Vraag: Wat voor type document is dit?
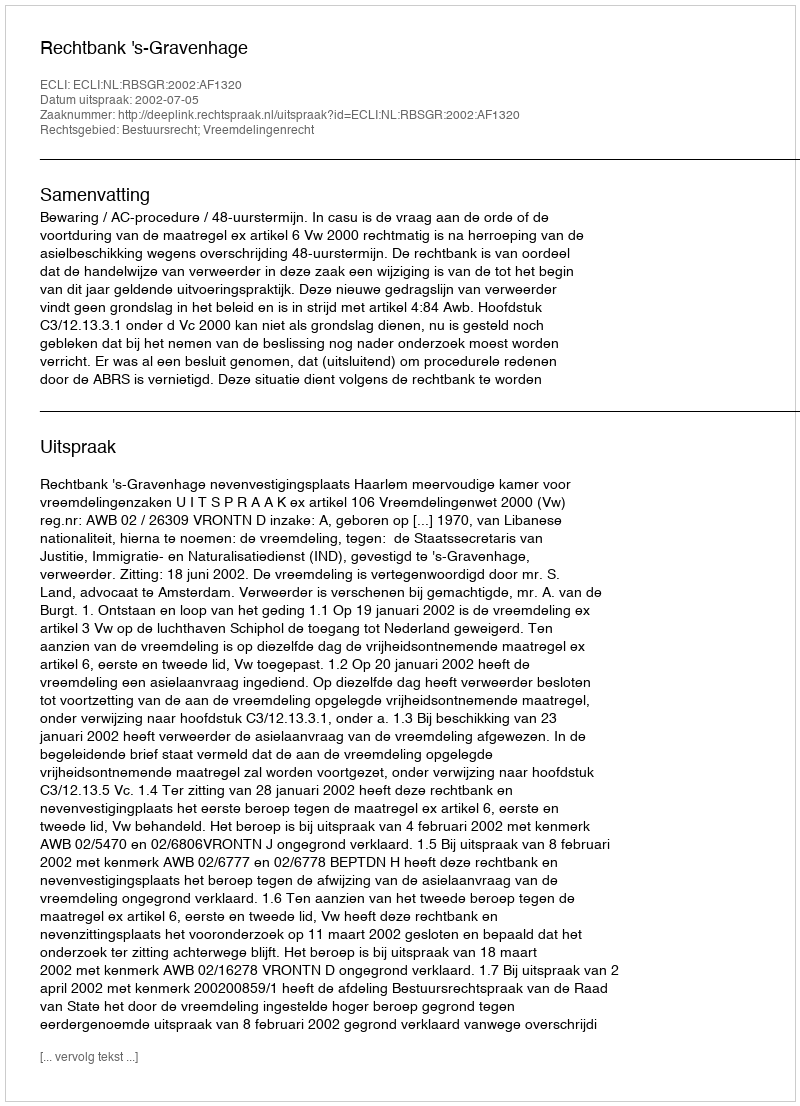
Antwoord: Uitspraak